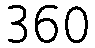
360